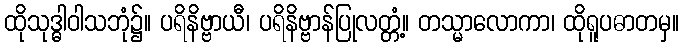
ထိုသုဒ္ဓါဝါသဘုံ၌။ ပရိနိဗ္ဗာယီ၊ ပရိနိဗ္ဗာန်ပြုလတ္တံ့။ တသ္မာလောကာ၊ ထိုရူပဓာတမှ။